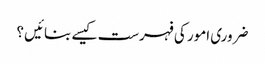
ضروری امور کی فہرست کیسے بنائیں ؟